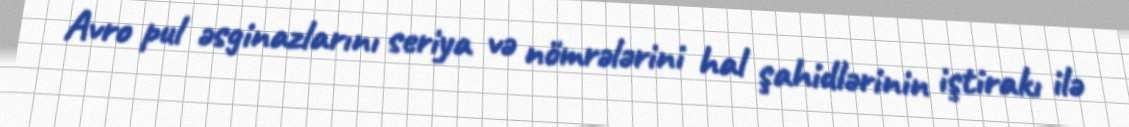
Avro pul əsginazlarını seriya və nömrələrini hal şahidlərinin iştirakı ilə